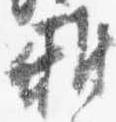
雅